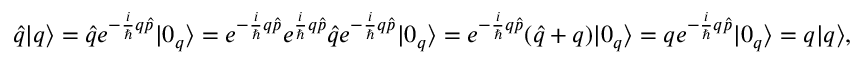
\hat { q } | q \rangle = \hat { q } e ^ { - \frac { i } { \hbar } q \hat { p } } | 0 _ { q } \rangle = e ^ { - \frac { i } { \hbar } q \hat { p } } e ^ { \frac { i } { \hbar } q \hat { p } } \hat { q } e ^ { - \frac { i } { \hbar } q \hat { p } } | 0 _ { q } \rangle = e ^ { - \frac { i } { \hbar } q \hat { p } } ( \hat { q } + q ) | 0 _ { q } \rangle = q e ^ { - \frac { i } { \hbar } q \hat { p } } | 0 _ { q } \rangle = q | q \rangle ,